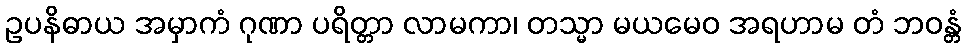
ဥပနိဓာယ အမှာကံ ဂုဏာ ပရိတ္တာ လာမကာ၊ တသ္မာ မယမေဝ အရဟာမ တံ ဘဝန္တံ